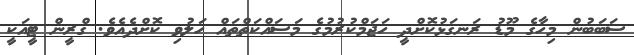
ސަބަބުން މިހާގެ މޫޑު ރަނގަޅުކޮށްދީ ހަޖަމްކުރުމުގެ މަސައްކަތްތައް ހަލުވި ކޮށްދެއެވެ. ގްރީން ޓީއަކީ